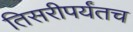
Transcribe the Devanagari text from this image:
तिसरीपर्यंतच